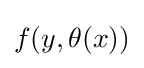
f(y,\theta (x))